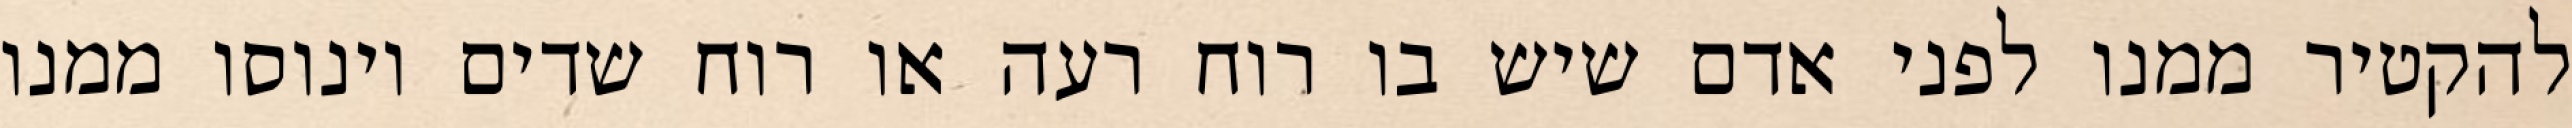
להקטיר ממנו לפני אדם שיש בו רוח רעה או רוח שדים וינוסו ממנו